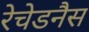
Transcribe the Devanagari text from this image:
रेचेडनैस